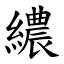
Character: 繷